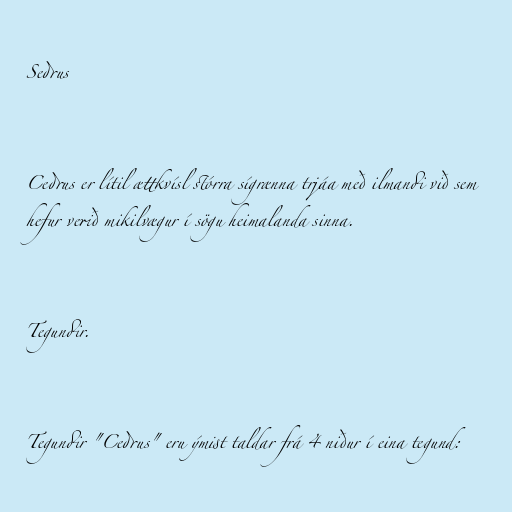
Sedrus

Cedrus er lítil ættkvísl stórra sígrænna trjáa með ilmandi við sem
hefur verið mikilvægur í sögu heimalanda sinna.

Tegundir.

Tegundir "Cedrus" eru ýmist taldar frá 4 niður í eina tegund: